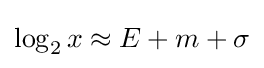
\log _{2}x\approx E+m+\sigma